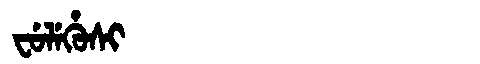
Manchu: ᠸᡠᠯᡝᡥᡠᠰᡳ
Romanization: FULEHUSI